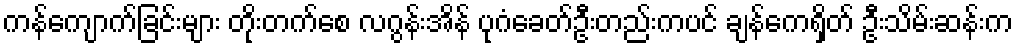
ကန်ကျောက်ခြင်းများ တိုးတက်စေ လဂွန်းအိန် ပုဂံခေတ်ဦးတည်းကပင် ချန်ကေရှိတ် ဦးသိမ်းဆန်းက